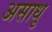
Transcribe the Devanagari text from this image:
असाधु